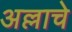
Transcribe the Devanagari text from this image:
अल्लाचे